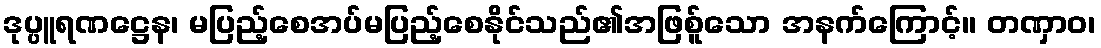
ဒုပ္ပူရဏဋ္ဌေန၊ မပြည့်စေအပ်မပြည့်စေနိုင်သည်၏အဖြစ်ူသော အနက်ကြောင့်။ တဏှာဝ၊